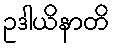
ဥဒါယိနာတိ